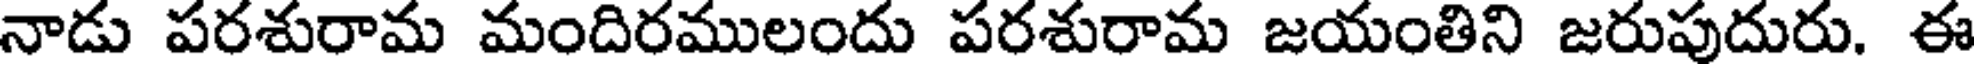
నాడు పరశురామ మందిరములందు పరశురామ జయంతిని జరుపుదురు. ఈ